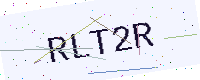
Text: RLT2R